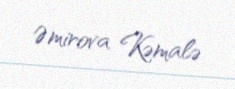
Əmirova Kəmalə